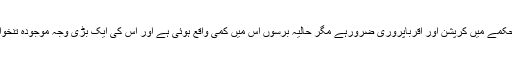
پولیس کے محکمے میں کرپشن اور اقرباپروری ضرورہے مگر حالیہ برسوں اس میں کمی واقع ہوئی ہے اور اس کی ایک بڑی وجہ موجودہ تنخواہیں بھی ہیں ۔